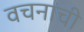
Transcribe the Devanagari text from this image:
वचनाची